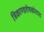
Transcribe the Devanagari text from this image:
त्रिकाण्डशेषकोशात